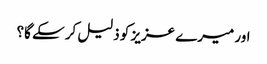
اور میرے عزیز کو ذلیل کر سکے گا؟